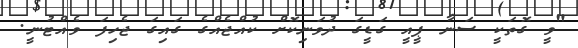
"ވީ ގޮތަކީ ސަނާ ޕީއީ ގަޑީގަ ދުވަނިކޮށް ކުއްޖެއްގެ ގައިގަ ޖެހިފަ ވެއްޓުނީ.